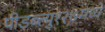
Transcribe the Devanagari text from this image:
पीडब्ल्यु१२७मध्ये